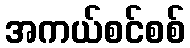
အကယ်စင်စစ်